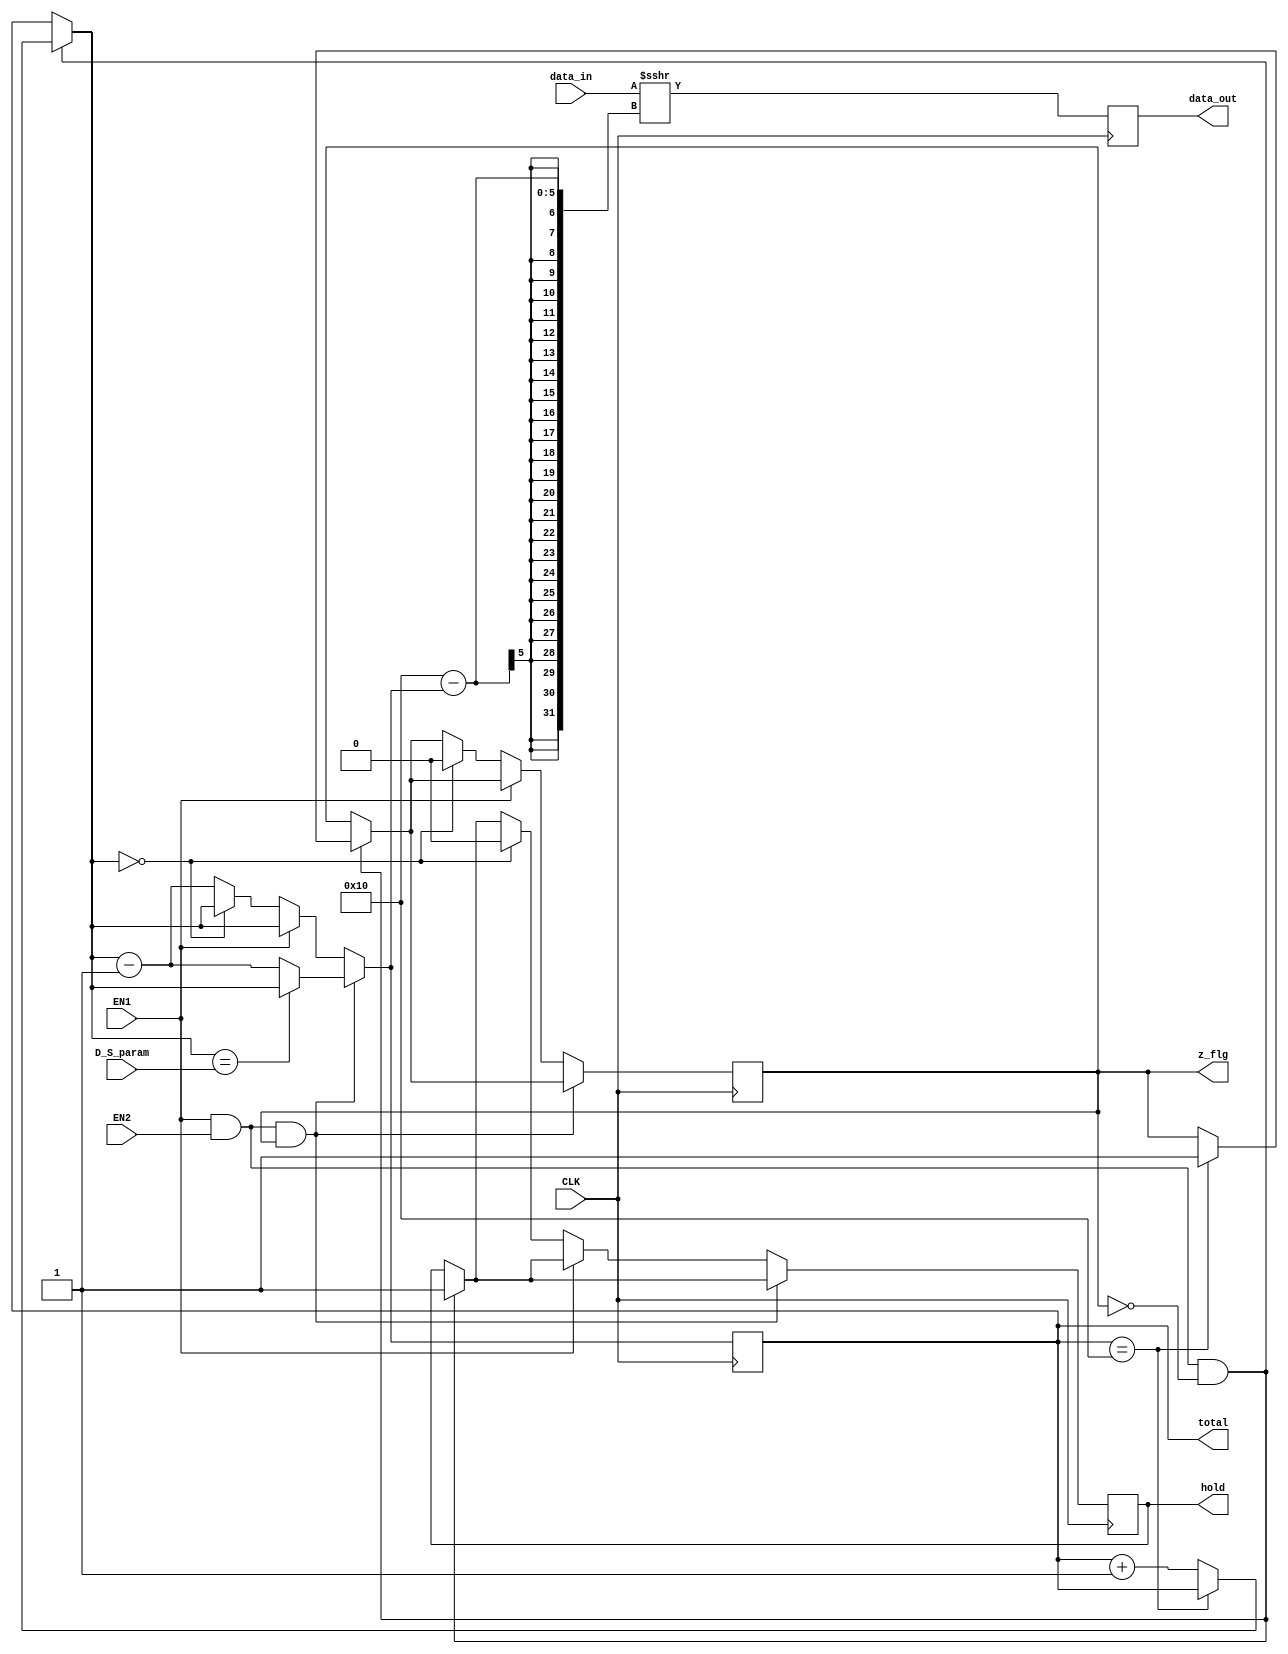
`timescale 1ns / 1ps
//////////////////////////////////////////////////////////////////////////////////
// Company: 
// Engineer: 
// 
// Design Name: 
// Module Name: RSD_2
// Project Name: 
// Target Devices: 
// Tool Versions: 
// Description: 
// 
// Dependencies: 
// 
// Revision:
// Revision 0.01 - File Created
// Additional Comments:
// 
//////////////////////////////////////////////////////////////////////////////////


module RSD_2 #(parameter WL=16)
                (input EN1, EN2, CLK,                   //EN1: Master Controll Enable, EN2: Increment 
                input   signed  [WL-1:0]    data_in,        //data from ROM 16 bit length
                input   [4:0]   D_S_param,
                
                output  reg signed [WL-1:0] data_out,   //data after shifting
                
                output  reg [4:0]   total,                //  total output for testing the position of the RSD
                
                
                output  reg hold,                       //  made to hold the main enable open once the 
                                                        //      envelope has been enabled 
                
                output  reg z_flg);                     //      zero flg: the shifter has reached its limit 
                                                        //      and has stopped shifting
                                                        //      output should now be at 100%
//reg [4:0] total;   
initial total = 0;                                     // max value of 16: Word length of data is 16 bits
initial data_out = 0;
initial hold = 0;
initial z_flg =0;


//      LOGIC       //                                                     
always @(posedge CLK) begin
    
    if (EN1 & EN2 & ~z_flg) begin       //  If EN1 & EN2 with zero flag down
        hold <= 1;                      //  engage hold
        if (total==16)                  //  if max shift value reached
            z_flg <= 1;                 //  raise zero flag
        else 
            total = total +1;           //  if not increase total    
        end         
    
    if (EN1 & EN2 & z_flg)              // if the zero flag has been raised
        if (total==D_S_param)           //  has the decay paramter been reached?
            total = total;              // if so keep the total where it is
        else    
            total = total -1;           // if not, decrease the total so more shifting can be made
               
    else if (~EN1) begin                // if main enable is off
        if (total==0) begin             //  and the toal is zero
            hold <=0;                   //      release the hold flag, freq controller turns off
            z_flg <= 0;                 //       turn off zero flag- envelope is reset
            end
        else 
            total = total -1;           //  otherwise decrease total amount one unit at a time until zero is reached
        end
    data_out <= (data_in >>> (16 - total));     //perform shift operation based on steps above
end    
endmodule